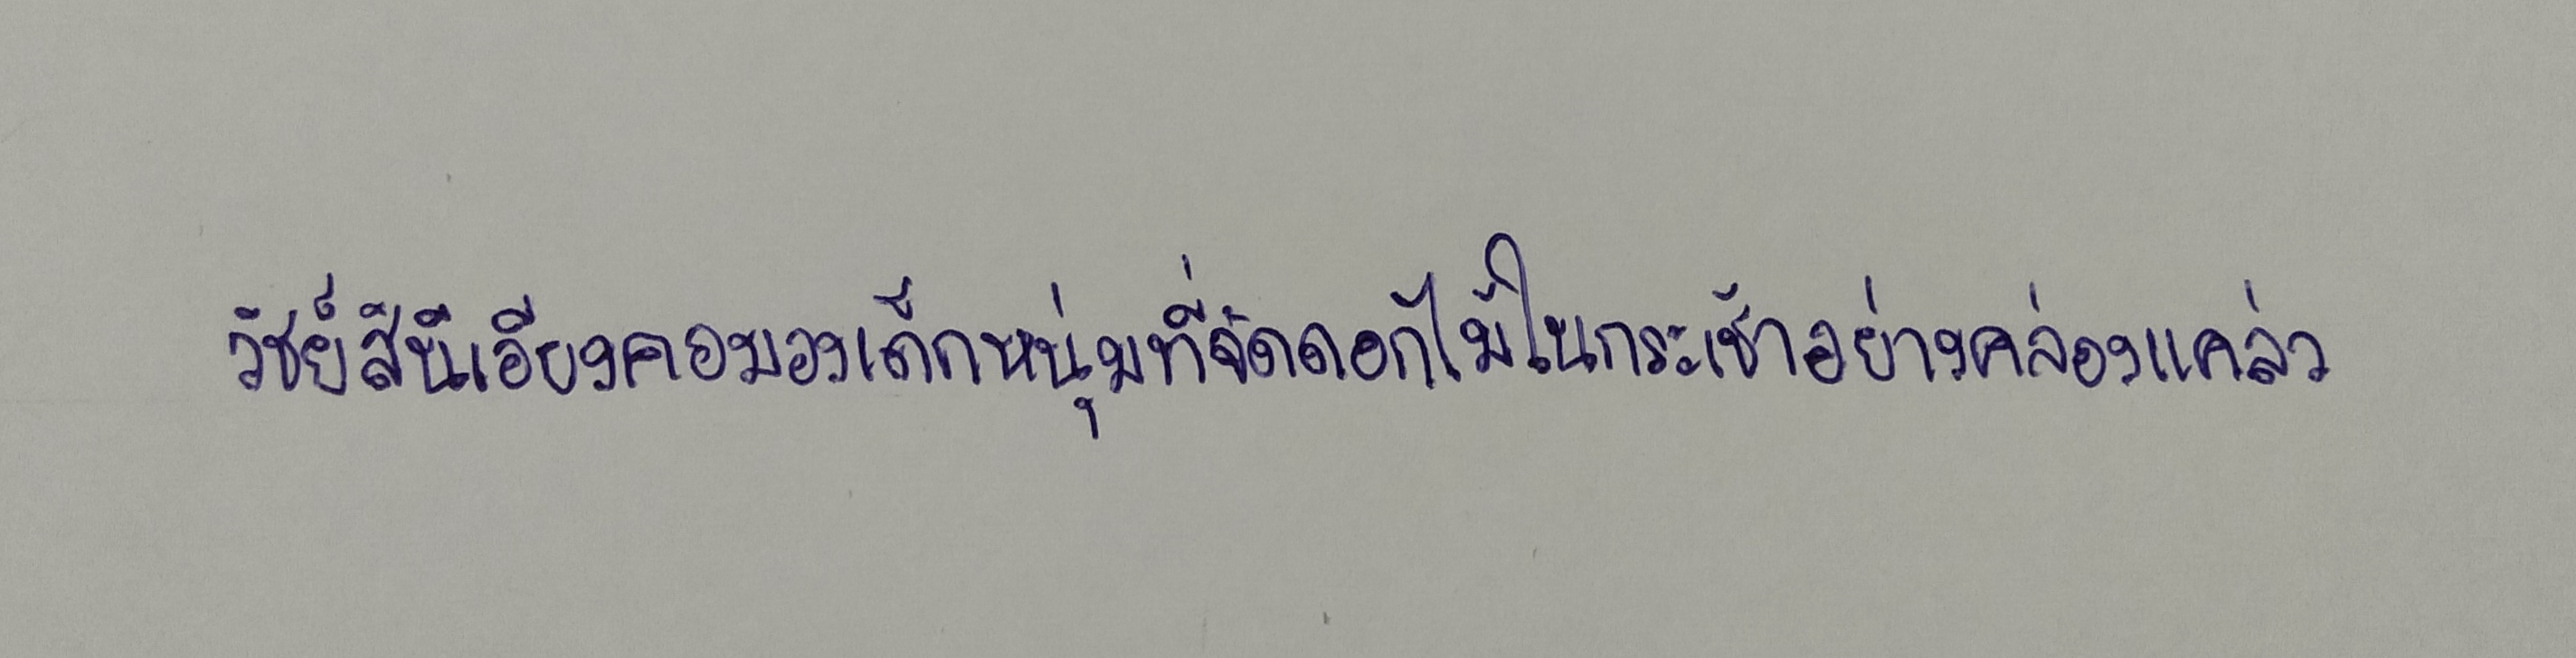
วิชย์สินีเอียงคอมองเด็กหนุ่มที่จัดดอกไม้ในกระเช้าอย่างคล่องแคล่ว